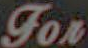
For